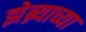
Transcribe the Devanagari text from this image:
झेब्र्याच्या